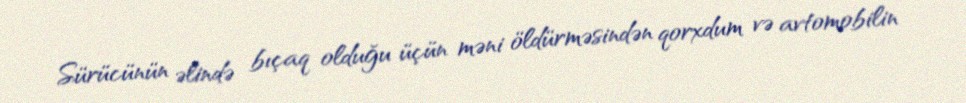
Sürücünün əlində bıçaq olduğu üçün məni öldürməsindən qorxdum və avtomobilin